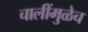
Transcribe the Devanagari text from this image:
चालींमुळेच